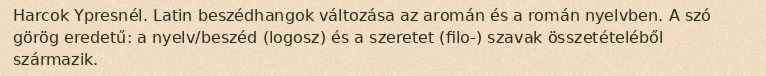
Harcok Ypresnél. Latin beszédhangok változása az aromán és a román nyelvben. A szó görög eredetű: a nyelv/beszéd (logosz) és a szeretet (filo-) szavak összetételéből származik.